Report of the Hyderabad Chloroform Commission
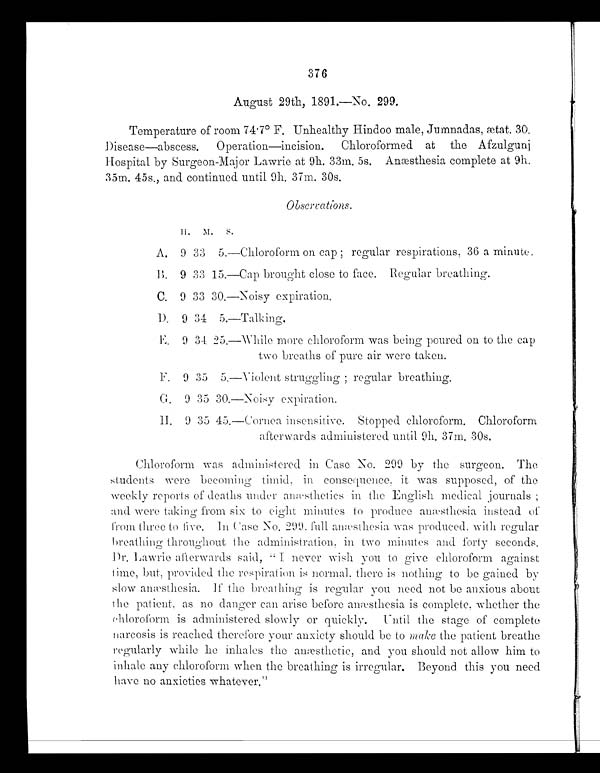
376
August 29th, 1891.—No. 299.
Temperature of room 74.7° F. Unhealthy Hindoo male, Jumnadas, ætat. 30.
Disease—abscess. Operation—incision. Chloroformed at the Afzulgunj
Hospital by Surgeon-Major Lawrie at 9h. 33m. 5s. Anæsthesia complete at 9h.
35m. 45s., and continued until 9h. 37m. 30s.
Observations.
H.
M. S.
A. 9 33
5 .
—Chl or of or m on cap; r egul ar r espi r at i ons, 36 a mi nut e.
B . 9 33 15. —Cap brought close to face. Regular breathing.
C. 9 33
3 0 .
—Noisy expiration.
D. 9 34
5 .
—Talking.
E. 9 34
2 5 .
—While more chloroform was being poured on to the cap
two breaths of pure air were taken.
F. 9 35
5 .
—Violent struggling; regular breathing.
G . 9 35
3 0 .
—Noisy expiration.
H . 9 35
4 5 .
—Cornea insensitive. Stopped chloroform. Chloroform
afterwards administered until 9h. 37m. 30s.
Chloroform was administered in Case No. 299 by the surgeon. The
students were becoming timid, in consequence, it was supposed, of the
weekly reports of deaths under anæsthetics in the English medical journals;
and were taking from six to eight minutes to produce anæsthesia instead of
f r o m t h r e e t o f i v e . I n Ca s e No . 2 9 9 . f u l l a n æs t h e s i a wa s p r o d u c e d , wi t h r e g u l a r
breathing throughout the administration, in two minutes and forty seconds.
Dr. Lawrie afterwards said, "I never wish you to give chloroform against
time, but, provided the respiration is normal, there is nothing to be gained by
slow anæsthesia. If the breathing is regular you need not be anxious about
the patient, as no danger can arise before anæsthesia is complete, whether the
chloroform is administered slowly or quickly. Until the stage of complete
narcosis is reached therefore your anxiety should be to make the patient breathe
regularly while he inhales the anæsthetic, and you should not allow him to
inhale any chloroform when the breathing is irregular. Beyond this you need
have no anxieties whatever."